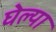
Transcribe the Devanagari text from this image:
घेल्या